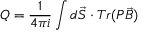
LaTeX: Q = \frac { 1 } { 4 \pi i } \int d \vec { S } \cdot T r ( P \vec { B } )